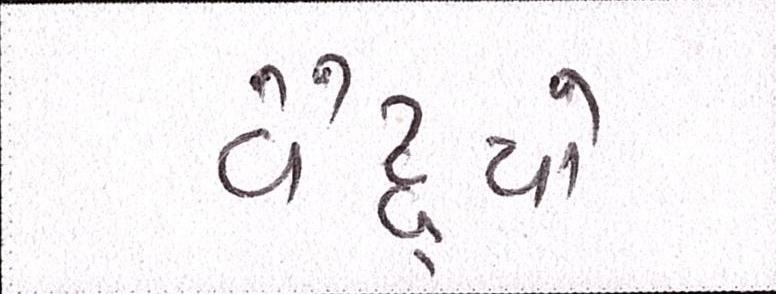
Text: વૈદ્યો